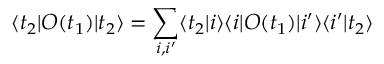
\langle t _ { 2 } | { \cal O } ( t _ { 1 } ) | t _ { 2 } \rangle = \sum _ { i , i ^ { \prime } } \langle t _ { 2 } | i \rangle \langle i | { \cal O } ( t _ { 1 } ) | i ^ { \prime } \rangle \langle i ^ { \prime } | t _ { 2 } \rangle